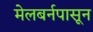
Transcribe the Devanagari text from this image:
मेलबर्नपासून